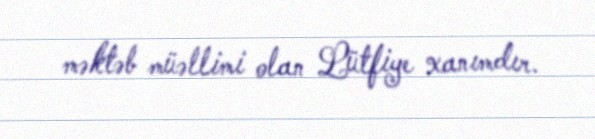
məktəb müəllimi olan Lütfiye xanımdır.